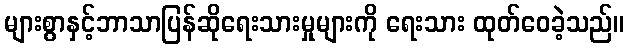
များစွာနှင့်ဘာသာပြန်ဆိုရေးသားမှုများကို ရေးသား ထုတ်ဝေခဲ့သည်။